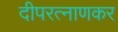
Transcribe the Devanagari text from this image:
दीपरत्नाणकर